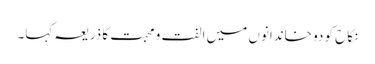
نکاح کو دو خاندانوں میں الفت و محبت کا ذریعہ کہا۔